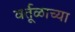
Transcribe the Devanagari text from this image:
वर्तूळाच्या